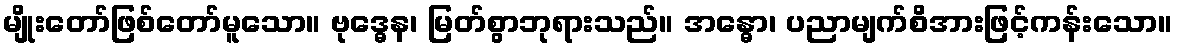
မျိုးတော်ဖြစ်တော်မူသော။ ဗုဒ္ဓေန၊ မြတ်စွာဘုရားသည်။ အန္ဓော၊ ပညာမျက်စိအားဖြင့်ကန်းသော။